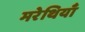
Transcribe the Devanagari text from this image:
मरेथियाँ